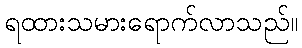
ရထားသမားရောက်လာသည်။